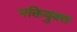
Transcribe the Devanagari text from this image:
भक्तियुक्‍त